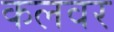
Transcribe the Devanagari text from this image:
कलवर